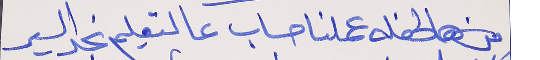
من هالحفله عملنا حساب      عالتعليم نجد السير